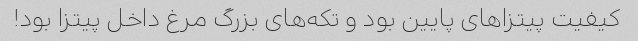
کیفیت پیتزا‌های پایین بود و تکه‌های بزرگ مرغ داخل پیتزا بود!